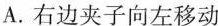
A.右边夹子向左移动